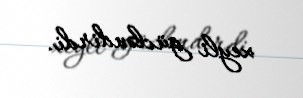
xeyli gücləndirdi.